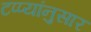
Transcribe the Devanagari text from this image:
टप्प्यांनुसार